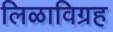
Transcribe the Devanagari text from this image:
लिळाविग्रह